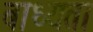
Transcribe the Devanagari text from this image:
बाध्‍यता